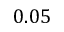
0 . 0 5